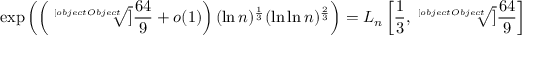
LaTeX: \exp \left( \left( { \sqrt [ [object Object] ] { \frac { 6 4 } { 9 } } } + o ( 1 ) \right) ( \ln n ) ^ { \frac { 1 } { 3 } } ( \ln \ln n ) ^ { \frac { 2 } { 3 } } \right) = L _ { n } \left[ { \frac { 1 } { 3 } } , { \sqrt [ [object Object] ] { \frac { 6 4 } { 9 } } } \right]